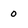
Character: 0